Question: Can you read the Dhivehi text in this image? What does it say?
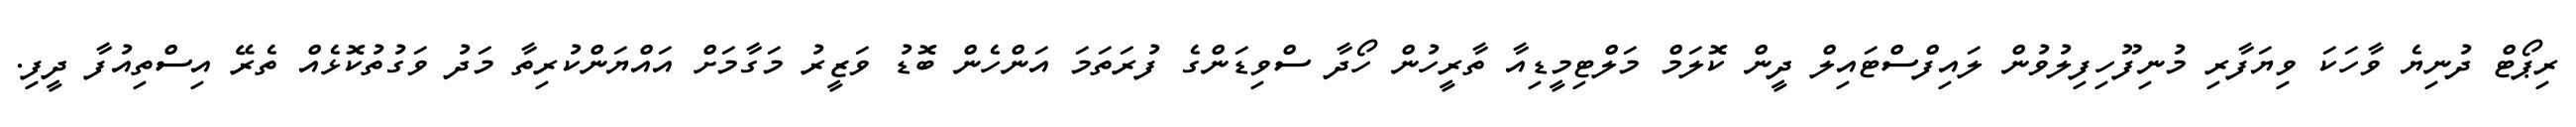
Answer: ރިޕޯޓް ދުނިޔެ ވާހަކަ ވިޔަފާރި މުނިފޫހިފިލުވުން ލައިފްސްޓައިލް ދީން ކޮލަމް މަލްޓިމީޑިއާ ތާރީހުން ހޯދާ ސްވިޑަންގެ ފުރަތަމަ އަންހެން ބޮޑު ވަޒީރު މަގާމަށް އައްޔަންކުރިތާ މަދު ވަގުތުކޮޅެއް ތެރޭ އިސްތިއުފާ ދީފި.